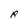
Character: R